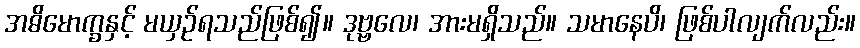
အဓိမောက္ခနှင့် မယှဉ်ရသည်ဖြစ်၍။ ဒုဗ္ဗလေ၊ အားမရှိသည်။ သမာနေပိ၊ ဖြစ်ပါလျက်လည်း။